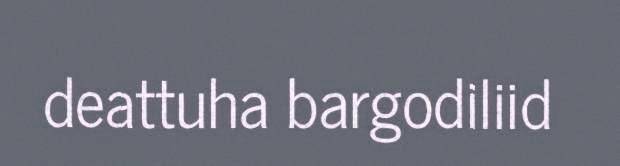
deattuha bargodiliid